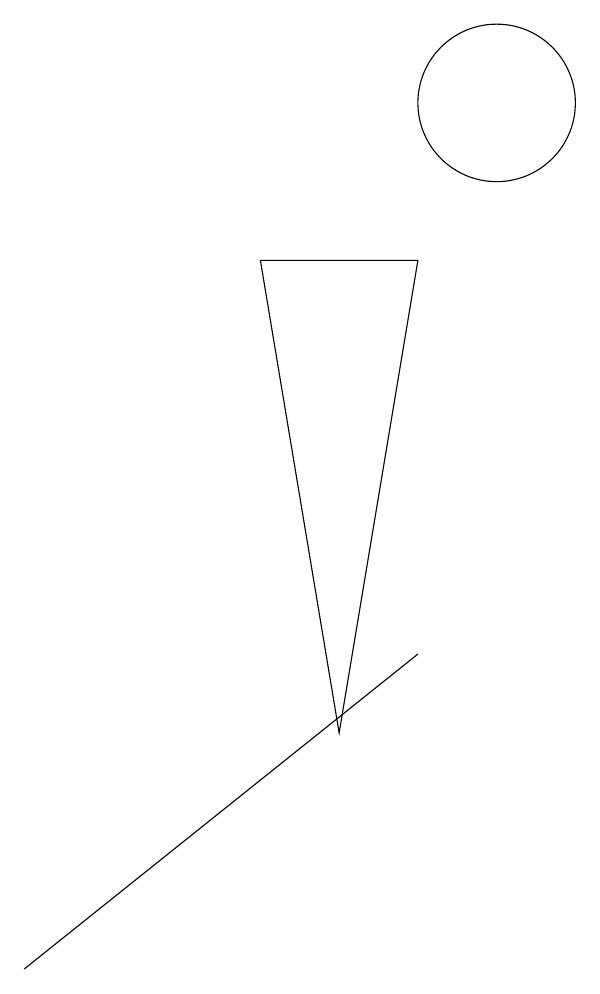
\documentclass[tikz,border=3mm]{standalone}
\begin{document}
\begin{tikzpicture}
\draw (8,3) -- (7,9) -- (9,9) -- cycle;
\draw (10,11) circle (1);
\draw (9,4) -- (4,0) -- (4,0) -- cycle;
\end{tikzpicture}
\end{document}